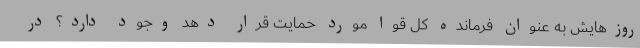
روزهایش به عنوان فرمانده کل قوا مورد حمایت قرار دهد وجود دارد؟ در